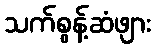
သက်စွန့်ဆံဖျား